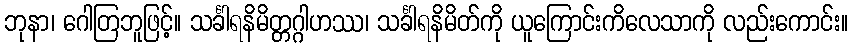
ဘုနာ၊ ဂေါတြဘူဖြင့်။ သင်္ခါရနိမိတ္တဂ္ဂါဟဿ၊ သင်္ခါရနိမိတ်ကို ယူကြောင်းကိလေသာကို လည်းကောင်း။